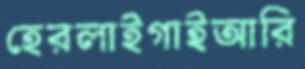
হেরলাইগাইআরি